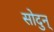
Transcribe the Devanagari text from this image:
सोदुन्